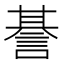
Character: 諅